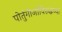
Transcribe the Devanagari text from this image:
पोर्तुगीजांविरुद्धच्या